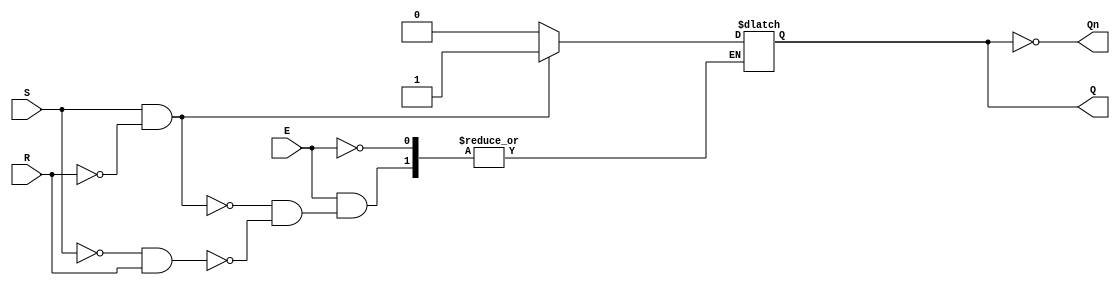
module GatedSRLatch (
    input wire S,      // Set input
    input wire R,      // Reset input
    input wire E,      // Enable input
    output reg Q,      // Output Q
    output wire Qn     // Complementary output Q'
);

// Always block for the latch behavior
always @ (S, R, E) begin
    if (E) begin
        if (S && !R) begin
            Q <= 1'b1;  // Set Q to high
        end else if (!S && R) begin
            Q <= 1'b0;  // Reset Q to low
        end
        // If both S and R are high, the latch state is indeterminate
    end
    // If E is low, maintain the current state of Q
end

assign Qn = ~Q; // Complementary output

endmodule